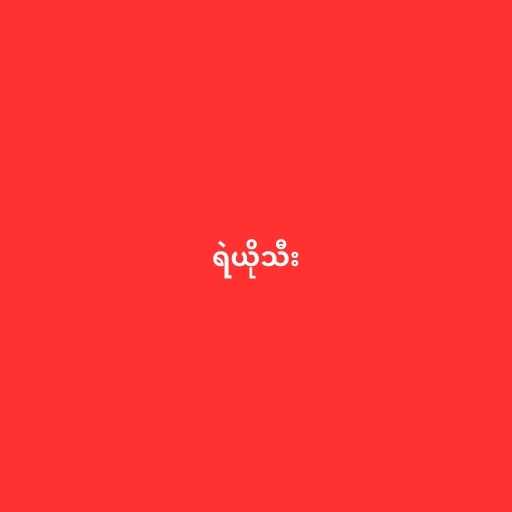
ရဲယိုသီး